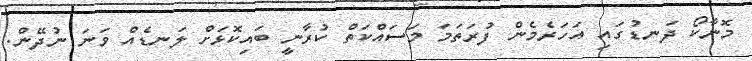
މޮނާކޯ ދަނޑުގައި އަހަރެމެން ފުރަތަމަ މަސައްކަތް ކުރާނީ ބައިކޮޅަށް ލަނޑެއް ވަަނަ ނުދޭން.